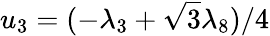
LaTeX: u_{3}=(-\lambda_{3}+\sqrt{3}\lambda_{8})/4